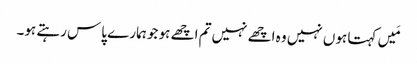
مَیں کہتا ہوں نہیں وہ اچھے نہیں تم اچھے ہو جو ہمارے پاس رہتے ہو۔